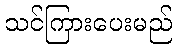
သင်ကြားပေးမည်